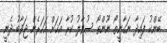
ބޭންކު ފައިދާ ނަގާނީތޯ ނޫންތޯ ސުވާލު ކުރާ އަޚަށް އަހަރެން ޖަވާބު ދެނީ